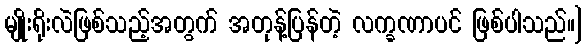
မျိုးရိုးလဲဖြစ်သည့်အတွက် အတုန့်ပြန်တဲ့ လက္ခဏာပင် ဖြစ်ပါသည်။]